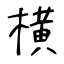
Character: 横